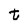
Character: t